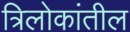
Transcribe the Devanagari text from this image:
त्रिलोकांतील